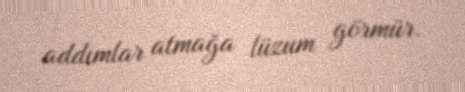
addımlar atmağa lüzum görmür.